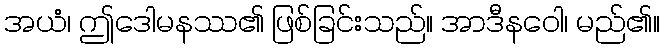
အယံ၊ ဤဒေါမနဿ၏ ဖြစ်ခြင်းသည်။ အာဒီနဝေါ၊ မည်၏။